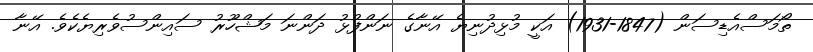
ތޯމަސްއެޑިސަން (1847-1931) އަކީ މުޅިދުނިޔެ އޭނާގެ ނަންފުޅު ދަންނަ މަޝްހޫރު ސައިންސުވެރިޔެކެވެ. އޭނާ